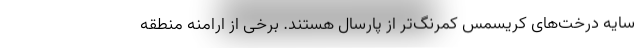
سایه درخت‌های کریسمس کمرنگ‌تر از پارسال هستند. برخی از ارامنه منطقه